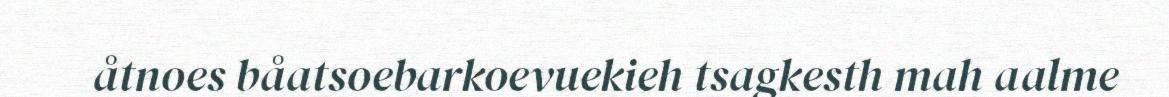
åtnoes båatsoebarkoevuekieh tsagkesth mah aalme